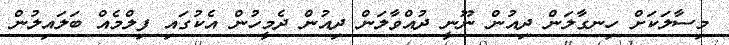
މިސާލަކަށް ހިނގާލަން ދިއުން ނޫނީ ދުއްވާލަން ދިއުން ދެމީހުން އެކުގައި ފިލްމެއް ބަލައިލުން